Indian journal of veterinary science and animal husbandry - Volumes 15-17, 1948-1951
Year: 1948
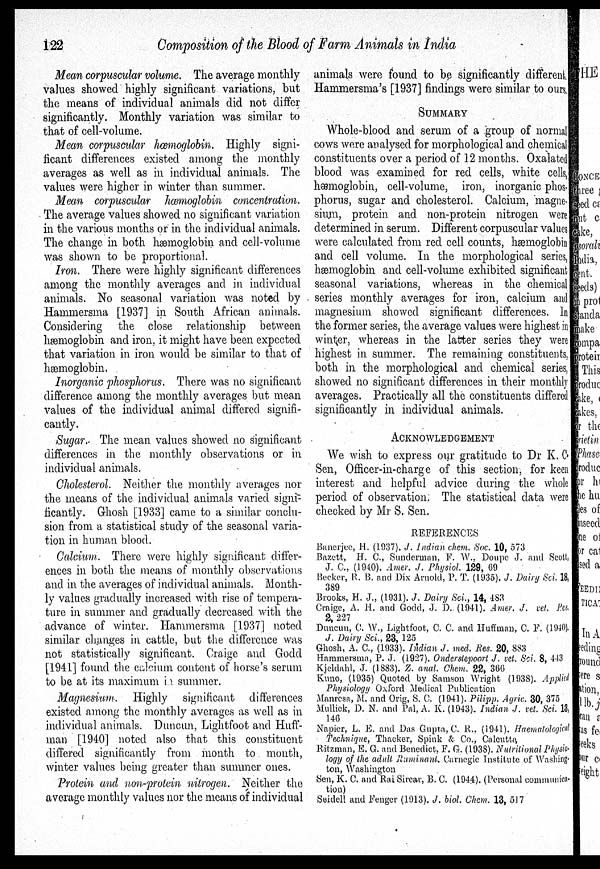
122
Composition of the Blood of Farm Animals in India
Mean corpuscular volume. The average monthly
values showed highly significant variations, but
the means of individual animals did not differ
significantly. Monthly variation was similar to
that of cell-volume.
Mean corpuscular hæmoglobin. Highly signi-
ficant differences existed among the monthly
averages as well as in individual animals. The
values were higher in winter than summer.
Mean corpuscular hæmoglobin concentration.
The average values showed no significant variation
in the various months or in the individual animals.
The change in both hæmoglobin and cell-volume
was shown to be proportional.
Iron. There were highly significant differences
among the monthly averages and in individual
animals. No seasonal variation was noted by
Hammersma [1937] in South African animals.
Considering the close relationship between
hæmoglobin and iron, it might have been expected
that variation in iron would be similar to that of
hæmoglobin.
Inorganic phosphorus. There was no significant
difference among the monthly averages but mean
values of the individual animal differed signifi-
cantly.
Sugar. The mean values showed no significant
differences in the monthly observations or in
individual animals.
Cholesterol. Neither the monthly averages nor
the means of the individual animals varied signi-
ficantly. Ghosh [1933] came to a similar conclu-
sion from a statistical study of the seasonal varia-
tion in human blood.
Calcium. There were highly significant differ-
ences in both the means of monthly observations
and in the averages of individual animals. Month-
ly values gradually increased with rise of tempera-
ture in summer and gradually decreased with the
advance of winter. Hammersma [1937] noted
similar changes in cattle, but the difference was
not statistically significant. Craige and Godd
[1941] found the calcium content of horse's serum
to be at its maximum in summer.
Magnesium. Highly significant differences
existed among the monthly averages as well as in
individual animals. Duncun, Lightfoot and Huff-
man [1940] noted also that this constituent
differed significantly from month to month,
winter values being greater than summer ones.
Protein and non-protein nitrogen. Neither the
average monthly values nor the means of individual
animals were found to be significantly different.
Hammersma's [1937] findings were similar to ours,
SUMMARY
Whole-blood and serum of a group of normal
cows were analysed for morphological and chemical
constituents over a period of 12 months. Oxalated
blood was examined for red cells, white cells,
hæmoglobin, cell-volume, iron, inorganic phos-
phorus, sugar and cholesterol. Calcium, magne-
sium, protein and non-protein nitrogen were
determined in serum. Different corpuscular values
were calculated from red cell counts, hæmoglobin
and cell volume. In the morphological series,
hæmoglobin and cell-volume exhibited significant
seasonal variations, whereas in the chemical
series monthly averages for iron, calcium and
magnesium showed significant differences. In
the former series, the average values were highest in
winter, whereas in the latter series they were
highest in summer. The remaining constituents,
both in the morphological and chemical series,
showed no significant differences in their monthly
averages. Practically all the constituents differed
significantly in individual animals.
ACKNOWLEDGEMENT
We wish to express our gratitude to Dr K. C.
Sen, Officer-in-charge of this section, for keen
interest and helpful advice during the whole
period of observation. The statistical data were
checked by Mr S. Sen.
REFERENCES
Banerjec, H. (1937). J. Indian chem. Soc. 10, 573
Bazett, H. C., Sunderman, F. W., Doupe J. and Scott,
J. C., (1940). Amer. J. Physiol. 129, 69
Becker, R. B. and Dix Arnold, P. T. (1935). J. Dairy Sci. 18,
389
Brooks, H. J., (1931). J. Dairy Sci., 14, 483
Craige, A. H. and Godd, J. D. (1941). Amer. J. vet. Res
2, 227
Duncun, C. W., Lightfoot, C. C. and Huffman, C. F. (1940).
J. Dairy Sci., 23, 125
Ghosh, A. C., (1933). Indian J. med. Res. 20, 883
Hammersma, P. J. (1927). Onderstepoort J. vet. Sci. 8, 443
Kjeldahl, J. (1883). Z. anal. Chem. 22, 366
Kuno, (1935) Quoted by Samson Wright (1938). Applied
Physiology Oxford Medical Publication
Manresa, M. and Orig, S. C. (1941). Pilipp. Agric. 30, 375
Mullick, D. N. and Pal, A. K. (1943). Indian J. vet. Sci. 13,
146
Napier, L. E. and Das Gupta, C. R., (1941). Haematological
Technique, Thacker, Spink & Co., Calcutta.
Ritzman, E. G. and Benedict, F. G. (1938). Nutritional Physio-
logy of the adult Ruminant. Carnegie Institute of Washing-
ton, Washington
Sen, K. C. and Rai Sircar, B. C. (1944). (Personal communica-
tion)
Seidell and Fenger (1913). J. biol. Chem. 13, 517